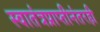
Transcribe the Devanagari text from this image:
स्वातंत्रप्राप्तीनंतरही